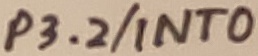
Text: P3.2/INT0